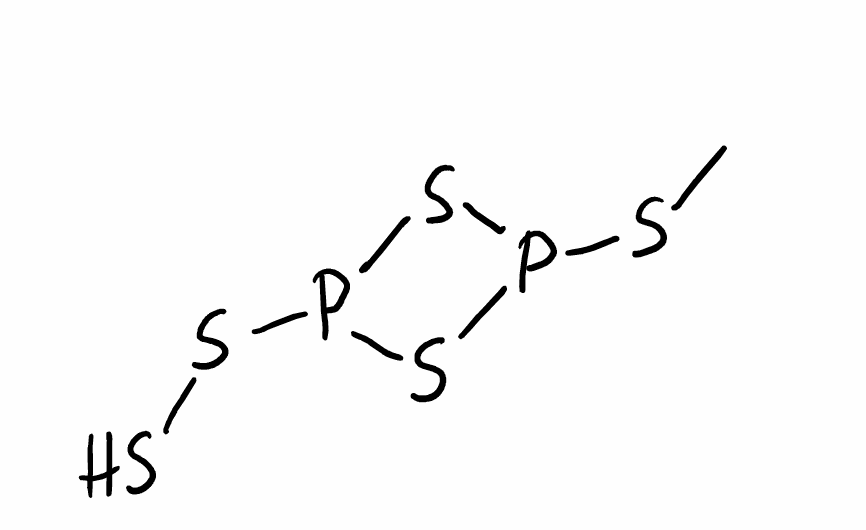
Simplified molecular-input line-entry system (SMILES) notation of the given molecule:
CSP1SP(S1)SS